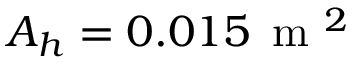
A _ { h } = 0 . 0 1 5 \, \textrm { m } ^ { 2 }